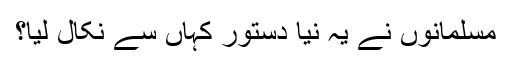
مسلمانوں نے یہ نیا دستور کہاں سے نکال لیا؟